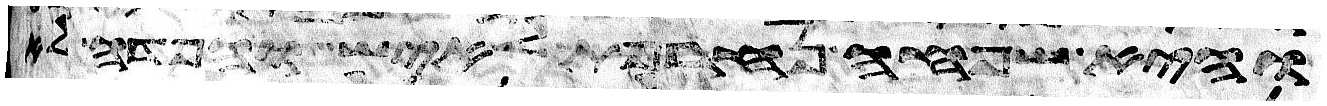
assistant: והיא שפחה נחרפת לאיש והפדה לא